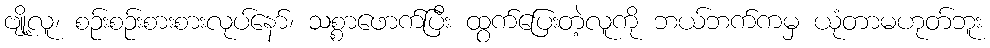
ဗျို့လူ၊ စဉ်းစဉ်းစားစားလုပ်နော်၊ သစ္စာဖောက်ပြီး ထွက်ပြေးတဲ့လူကို ဘယ်ဘက်ကမှ ယုံတာမဟုတ်ဘူး